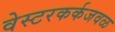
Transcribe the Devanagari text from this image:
वेस्टरकर्कजवळ